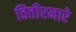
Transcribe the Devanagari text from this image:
तितीरमारे